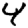
Digit: 4